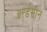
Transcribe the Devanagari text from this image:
ॲर्न्डसीन